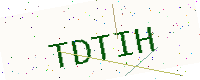
Text: TDTIH